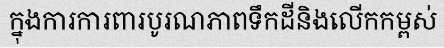
ក្នុងការការពារបូរណភាពទឹកដីនិងលើកកម្ពស់